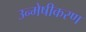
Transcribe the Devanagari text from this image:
उन्मेषीकरण